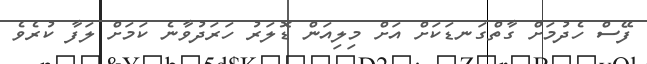
ފޭސް ހެދުމަށް ގާތްގަނޑަކަށް އަށް މިލިއަން ޑޮލަރު ހަރަދުވާނެ ކަމަށް ލަފާ ކުރެވެ